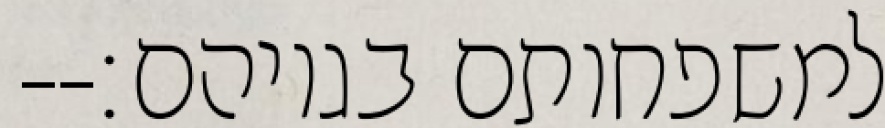
למשפחותם בגויהם׃--